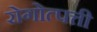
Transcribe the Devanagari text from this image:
रोगोत्पत्ती